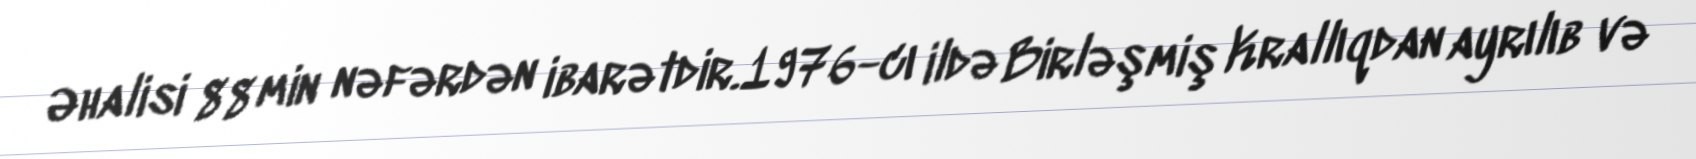
Əhalisi 88 min nəfərdən ibarətdir.1976-cı ildə Birləşmiş Krallıqdan ayrılıb və